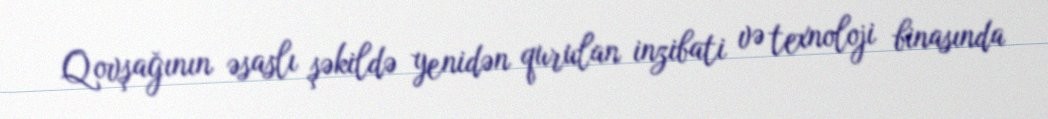
Qovşağının əsaslı şəkildə yenidən qurulan inzibati və texnoloji binasında